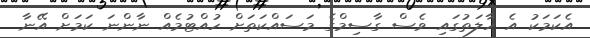
އެކަމަކު އެ ހާލަތުގައި ވެސް ގާސިމްގެ މަސައްކަތަށް ހުއްޓުމެއް ނާންނަ ކަމަށް އޭނާ